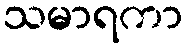
သမာရကာ